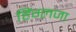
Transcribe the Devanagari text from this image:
हिंग्लजा